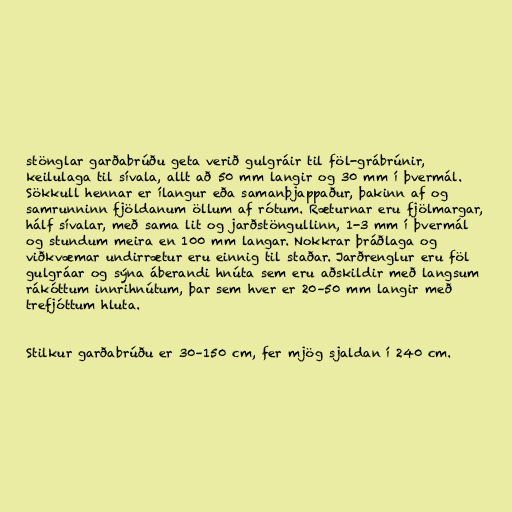
stönglar garðabrúðu geta verið gulgráir til föl-grábrúnir,
keilulaga til sívala, allt að 50 mm langir og 30 mm í þvermál.
Sökkull hennar er ílangur eða samanþjappaður, þakinn af og
samrunninn fjöldanum öllum af rótum. Ræturnar eru fjölmargar,
hálf sívalar, með sama lit og jarðstöngullinn, 1-3 mm í þvermál
og stundum meira en 100 mm langar. Nokkrar þráðlaga og
viðkvæmar undirrætur eru einnig til staðar. Jarðrenglur eru föl
gulgráar og sýna áberandi hnúta sem eru aðskildir með langsum
rákóttum innrihnútum, þar sem hver er 20–50 mm langir með
trefjóttum hluta.

Stilkur garðabrúðu er 30–150 cm, fer mjög sjaldan í 240 cm.